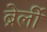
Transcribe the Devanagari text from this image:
ब्रेर्ली